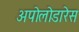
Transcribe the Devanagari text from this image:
अपोलोडारेस